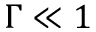
\Gamma \ll 1